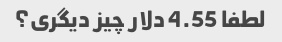
لطفا 4.55 دلار چیز دیگری؟